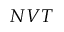
N V T